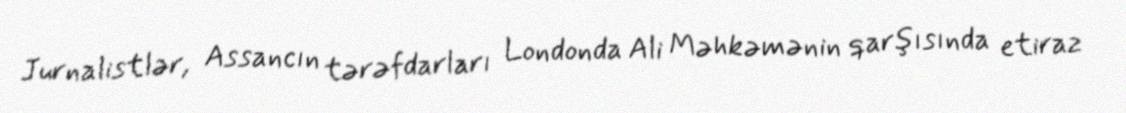
Jurnalistlər, Assancın tərəfdarları Londonda Ali Məhkəmənin qarşısında etiraz